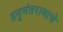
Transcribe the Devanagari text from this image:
हनुमंतरायाचे